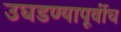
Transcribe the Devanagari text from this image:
उघडण्यापूर्वीच